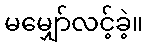
မမျှော်လင့်ခဲ့။